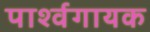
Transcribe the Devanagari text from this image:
पार्श्‍वगायक